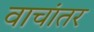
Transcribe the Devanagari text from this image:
वाचांतर